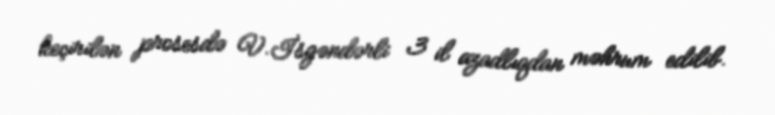
keçirilən prosesdə V.İsgəndərli 3 il azadlıqdan məhrum edilib.